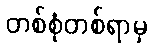
တစ်စုံတစ်ရာမှ